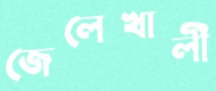
জেলেখালী